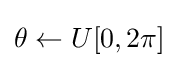
\theta \gets U[0,2\pi ]